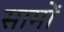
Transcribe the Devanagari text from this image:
सामों